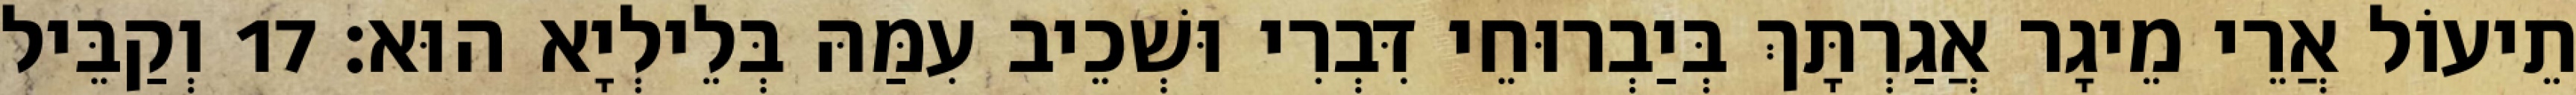
תֵיעוֹל אֲרֵי מֵיגָר אֲגַרְתָּךְ בְּיַבְרוּחֵי דִּבְרִי וּשְׁכֵיב עִמַּהּ בְּלֵילְיָא הוּא׃ 17 וְקַבֵּיל